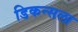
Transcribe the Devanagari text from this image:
डिकन्सला